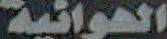
الهوائية